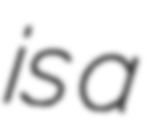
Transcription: is a